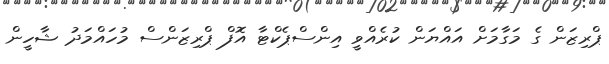
ޕްރިޒަން ގެ މަގާމަށް އައްޔަން ކުރެއްވީ އިންސްޕެކްޓާ އޮފް ޕްރިޒަންސް މުހައްމަދު ޝާހީން